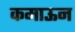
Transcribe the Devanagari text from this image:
कमाऊन